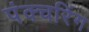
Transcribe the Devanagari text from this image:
पंक्चरिंग